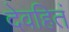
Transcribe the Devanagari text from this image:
देवहितं